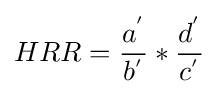
HRR={\frac {a^{'}}{b^{'}}}*{\frac {d^{'}}{c^{'}}}